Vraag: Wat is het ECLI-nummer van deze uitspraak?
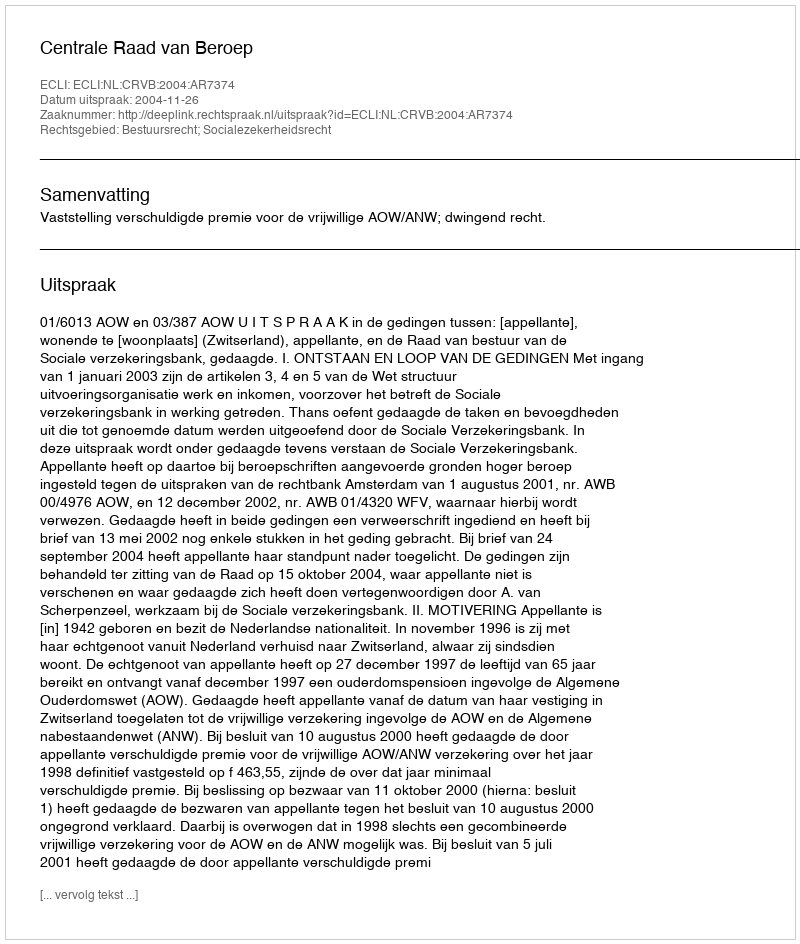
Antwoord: ECLI:NL:CRVB:2004:AR7374